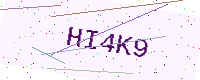
Text: HI4K9